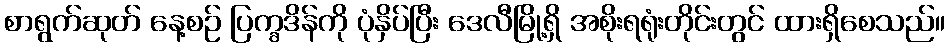
စာရွက်ဆုတ် နေ့စဉ် ပြက္ခဒိန်ကို ပုံနှိပ်ပြီး ဒေလီမြို့ရှိ အစိုးရရုံးတိုင်းတွင် ထားရှိစေသည်။